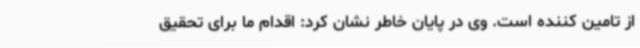
از تامین کننده است. وی در پایان خاطر نشان کرد: اقدام ما برای تحقیق